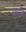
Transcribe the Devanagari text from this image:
फटि